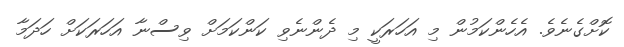
ކޮށްގެނެވެ. އެހެންކަމުން މި އަހަރަކީ މި ދެންނެވި ކަންކަމަށް ވިސްނާ އަހަރަކަށް ހަދަމާ